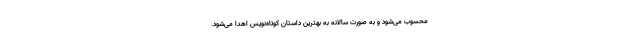
محسوب می‌شود و به صورت سالانه به بهترین داستان کوتاه‌نویس اهدا می‌شود.